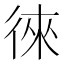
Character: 徠